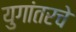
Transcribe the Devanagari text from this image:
युगांतरचे